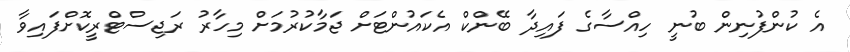
އެ ކުންފުނިން ބުނީ ހިއްސާގެ ފައިދާ ބޭންކް އެކައުންޓަށް ޖަމާކުރުމަށް މިހާރު ރަޖިސްޓްރީކޮށްފައިވާ